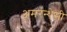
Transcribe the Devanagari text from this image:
अमरन्थेसी